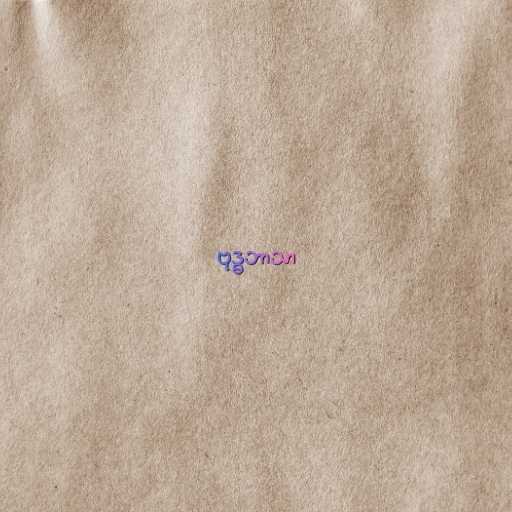
ဗုဒ္ဓဘာသာ